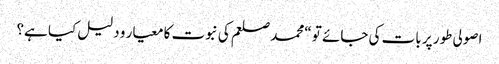
اصولی طور پر بات کی جائے تو “محمد صلعم کی نبوت کا معیار و دلیل کیا ہے؟